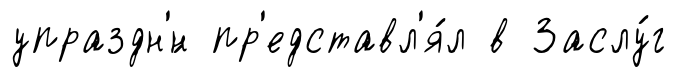
упраздн'́н пр'едставл'я́л в Заслу́г